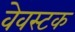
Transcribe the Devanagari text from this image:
वेवस्टक